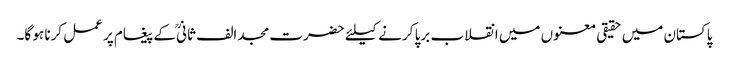
پاکستان میں حقیقی معنوں میں انقلاب برپا کرنے کیلئے حضرت مجد الف ثانیؒ کے پیغام پر عمل کرنا ہو گا۔